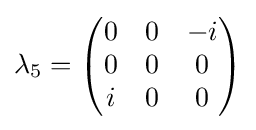
\lambda _{5}={\begin{pmatrix}0&0&-i\\0&0&0\\i&0&0\end{pmatrix}}